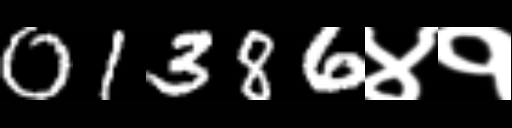
Text: 01386४१